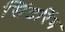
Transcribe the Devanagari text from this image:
सिंटरिंग